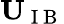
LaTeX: \mathbf{U}_{\mathrm{~I~B~}}